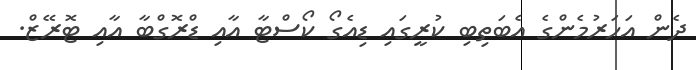
ދެން އަހަރުމެންގެ އެބަތިބި ކުރީގައި ޑިއެގޯ ކޯސްޓާ އާއި ޑްރޮގްބާ އާއި ޓޮރޭޒް.